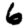
Digit: 6